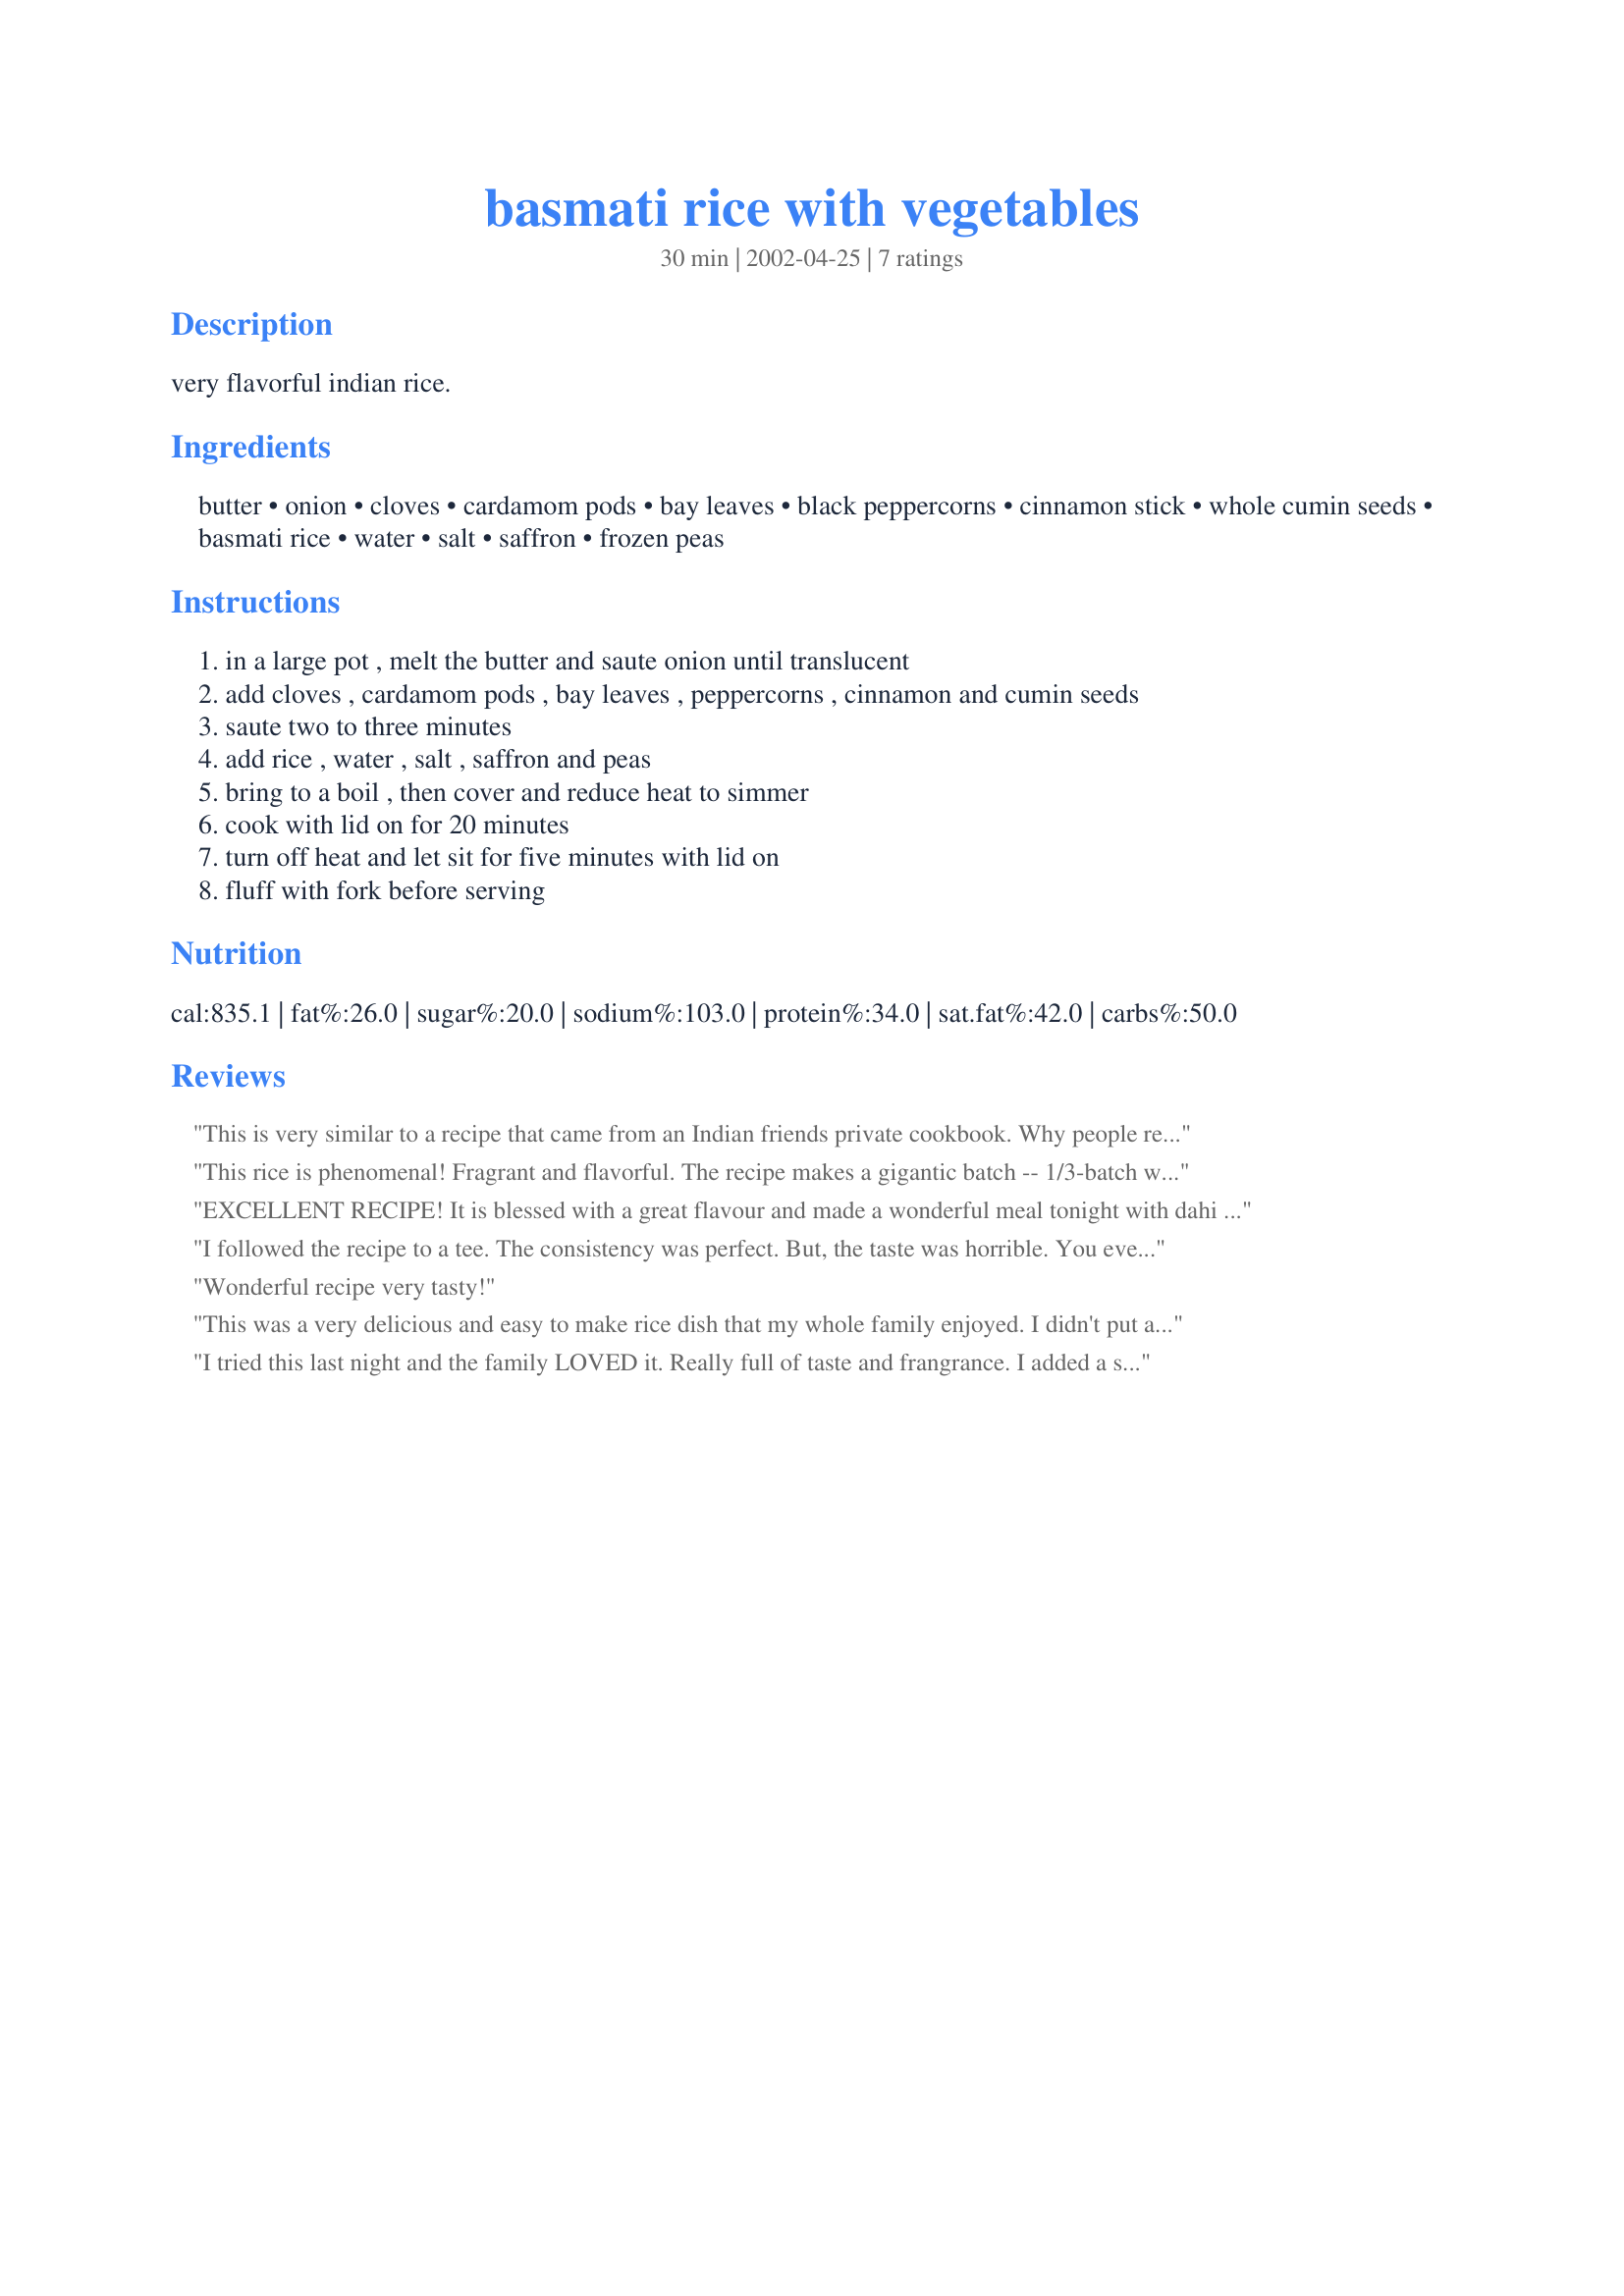
basmati rice with vegetables
Preparation time: 30 minutes

very flavorful indian rice.

Ingredients:
butter, onion, cloves, cardamom pods, bay leaves, black peppercorns, cinnamon stick, whole cumin seeds, basmati rice, water, salt, saffron, frozen peas

Steps:
in a large pot , melt the butter and saute onion until translucent, add cloves , cardamom pods , bay leaves , peppercorns , cinnamon and cumin seeds, saute two to three minutes, add rice , water , salt , saffron and peas, bring to a boil , then cover and reduce heat to simmer, cook with lid on for 20 minutes, turn off heat and let sit for five minutes with lid on, fluff with fork before serving

Reviews:
This is very similar to a recipe that came from an Indian friends private cookbook. Why people review these recipes on the basis that they EAT the cinnamon etc. is beyond me, but what the.. For a really tasty difference, add 2 tsp of sugar when frying spices. Cook the onion a little more fist. Should be really soft and brown. I tend to omit the peppercorns and have added curry leaves instead of bay. Try it!!
This rice is phenomenal! Fragrant and flavorful. The recipe makes a gigantic batch -- 1/3-batch would still leave the 2 of us with leftovers! We use 1 teaspoon of salt instead of 2, and only 1/4 of a regular-sized onion.
EXCELLENT RECIPE! It is blessed with a great flavour and made a wonderful meal tonight with dahi boondhi. Yummy!
Just few small changes: I did step 2 before step 1. In other words, only after the cumin seeds had crackled and the spices were giving out this awesome smell, I added the onions and some green chillies as well. Also, I substituted the saffron with turmeric powder. The rest is just the same.
Thank You Rhonda for this memorable meal:)!
I followed the recipe to a tee. The consistency was perfect. But, the taste was horrible. You ever eat a whole clove? It tastes like awful burned plastic. This just taste bad. 

And Charishma Ramchandani, i'm disapointed because this is the second recipe you recommended that i had to throw out. I had an aunties rice from a pooja, and that was amazing.. guess i will have to keep searching for rice dishes on Indian web sites.
Wonderful recipe very tasty!
This was a very delicious and easy to make rice dish that my whole family enjoyed. I didn't put any chilies in it, as my daughter would be having some of it. She liked it a lot! Usually she likes to bathe her rice in soy sauce but this she ate as it was! I did cut back on the salt a bit, as I didn't think so much was necessary. The spices in it were very fragrant and flavorful, especially the saffron, reminding me of spices of the Near East and the flavors of that region. I think if you wanted to, more vegetables could be added to make a more substantial vegetarian main dish; as it was, there were far more than 2 servings as a side dish. Very exotic and tasty recipe!
I tried this last night and the family LOVED it. Really full of taste and frangrance. I added a small spoon of mustard seeds - but this would not make much difference. Thanks for sharing.
